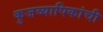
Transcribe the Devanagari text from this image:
कुजव्यापिकांची